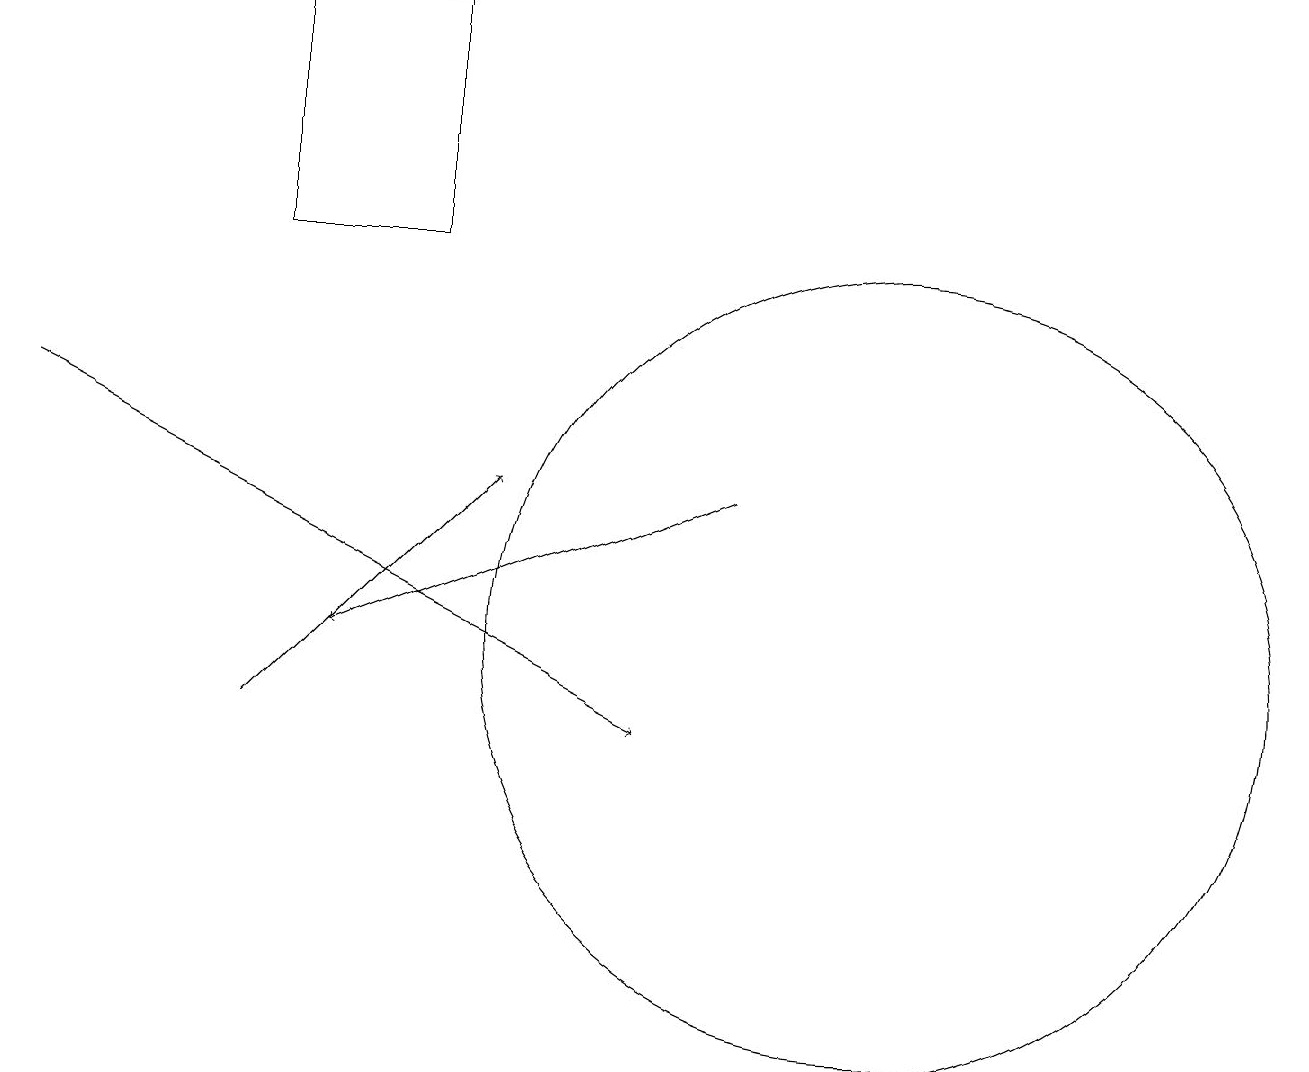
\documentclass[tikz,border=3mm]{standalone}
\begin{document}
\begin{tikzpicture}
\draw[->] (3,10) -- (6,13);
\draw (5,16) rectangle (3,19);
\draw[->] (9,13) -- (4,11);
\draw[->] (0,14) -- (8,10);
\draw (11,11) circle (5);
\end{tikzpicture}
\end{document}